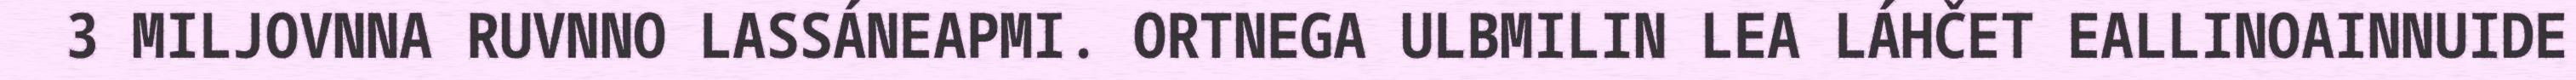
3 MILJOVNNA RUVNNO LASSÁNEAPMI. ORTNEGA ULBMILIN LEA LÁHČET EALLINOAINNUIDE